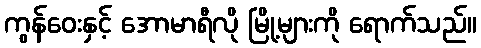
ကွန်ဝေးနှင့် အောမာရီလို မြို့များကို ရောက်သည်။